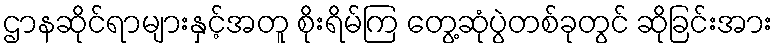
ဌာနဆိုင်ရာများနှင့်အတူ စိုးရိမ်ကြ တွေ့ဆုံပွဲတစ်ခုတွင် ဆိုခြင်းအား